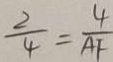
\frac { 2 } { 4 } = \frac { 4 } { A F }